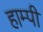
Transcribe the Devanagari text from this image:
हाम्पी